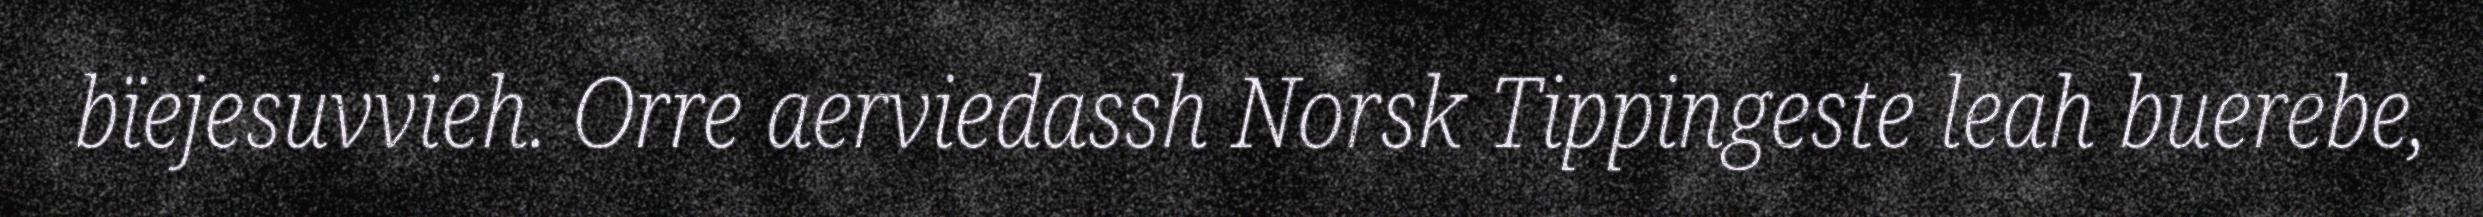
bïejesuvvieh. Orre aerviedassh Norsk Tippingeste leah buerebe,